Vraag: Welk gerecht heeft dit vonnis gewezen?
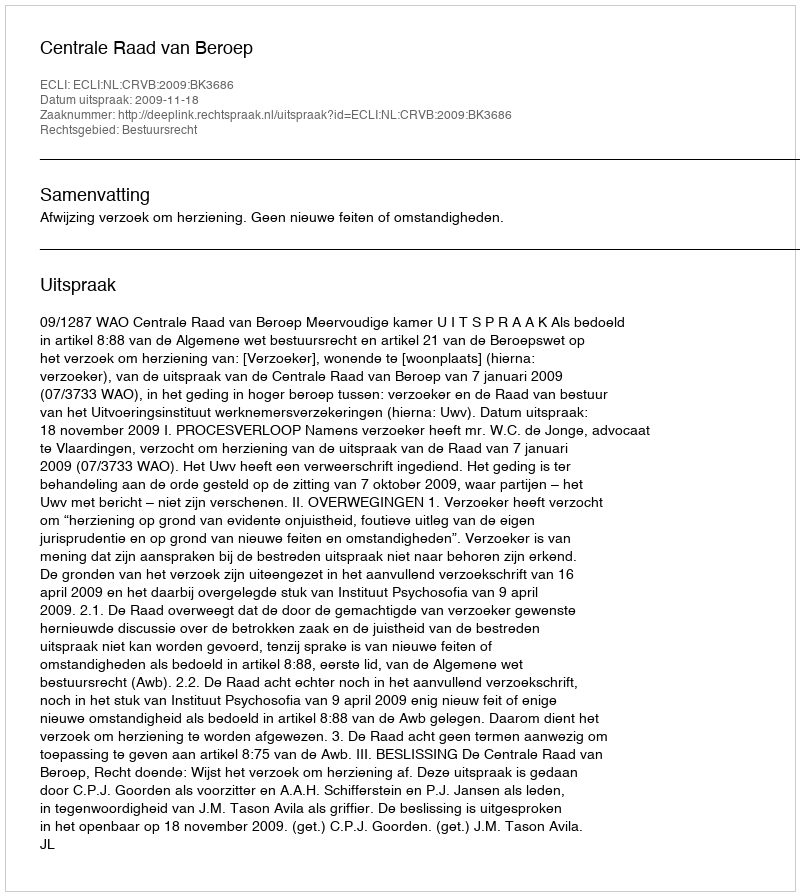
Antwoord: Centrale Raad van Beroep